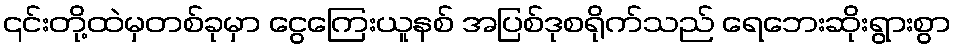
၎င်းတို့ထဲမှတစ်ခုမှာ ငွေကြေးယူနစ် အပြစ်ဒုစရိုက်သည် ရေဘေးဆိုးရွားစွာ